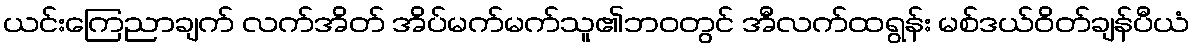
ယင်းကြေညာချက် လက်အိတ် အိပ်မက်မက်သူ၏ဘ၀တွင် အီလက်ထရွန်း မစ်ဒယ်ဝိတ်ချန်ပီယံ